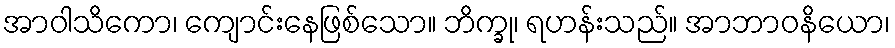
အာဝါသိကော၊ ကျောင်းနေဖြစ်သော။ ဘိက္ခု၊ ရဟန်းသည်။ အာဘာဝနိယော၊